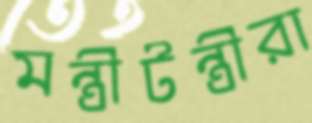
মন্ত্রীটন্ত্রীরা